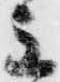
主